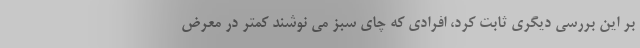
بر این بررسی دیگری ثابت کرد، افرادی که چای سبز می نوشند کمتر در معرض